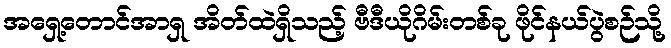
အရှေ့တောင်အာရှ အိတ်ထဲရှိသည့် ဗီဒီယိုဂိမ်းတစ်ခု ဖိုင်နယ်ပွဲစဉ်သို့